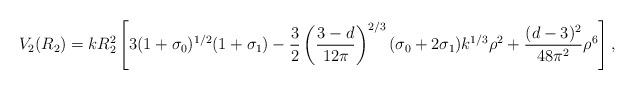
LaTeX: \begin{align*}V_2(R_2)= kR_2^2 \left[ 3(1+\sigma_0)^{1/2} (1+\sigma_1)-\frac{3}{2}\left( \frac{3-d}{12\pi} \right)^{2/3} (\sigma_0+2\sigma_1)k^{1/3}\rho^2+ \frac{(d-3)^2}{48\pi^2} \rho^6 \right],\end{align*}